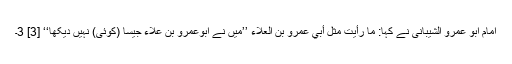
امام ابو عمرو الشیبانی نے کہا: ما رأیت مثل أبي عمرو بن العلاء ’’میں نے ابوعمرو بن علاء جیسا (کوئی) نہیں دیکھا‘‘ [3] 3۔